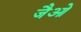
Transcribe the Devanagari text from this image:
जैओ